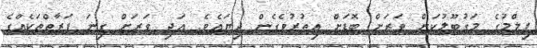
ފިލްމުގެ މަގުބޫލުކަން ވަރަށް ބޮޑަށް އިތުރުވެގެން ދިޔައެވެ. އަދި ވަރަށް ގިނަ ފަރާތްތަކެއްގެ